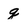
Character: q